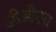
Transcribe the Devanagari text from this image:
जीओएस